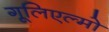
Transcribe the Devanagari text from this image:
गूलिएल्मो